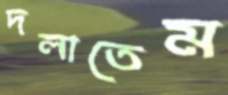
দলাতেম